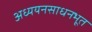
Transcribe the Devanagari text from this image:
अध्ययनसाधनभूत